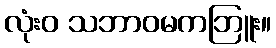
လုံးဝ သဘာဝမကဘြူး။